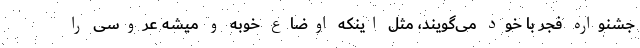
جشنواره فجر با خود می‌گویند، مثل اینکه اوضاع خوبه و میشه عروسی را